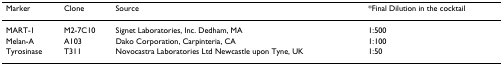
<table><thead><tr><td><b>Marker</b></td><td><b>Clone</b></td><td><b>Source</b></td><td><b>*Final Dilution in the cocktail</b></td></tr></thead><tbody><tr><td>MART-1</td><td>M2-7C10</td><td>Signet Laboratories, Inc. Dedham, MA</td><td>1:500</td></tr><tr><td>Melan-A</td><td>A103</td><td>Dako Corporation, Carpinteria, CA</td><td>1:100</td></tr><tr><td>Tyrosinase</td><td>T311</td><td>Novocastra Laboratories Ltd Newcastle upon Tyne, UK</td><td>1:50</td></tr></tbody></table>